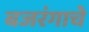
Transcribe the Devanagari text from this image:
बजरंगाचे